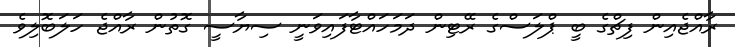
ރާއްޖެއިން ފިޗްގެ ބީ ޕްލަސްގެ ރޭޓިން ދަމަހައްޓާފައިވަނީ ސިޔާސީ ގޮތުން ރާއްޖެ ހަލަބޮލިވެ